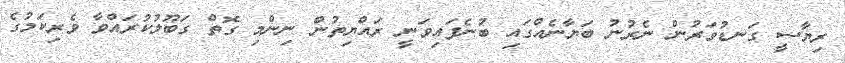
ރިޔާސީ ގަނޑުވަރުން ނެރުނު ބަޔާނެއްގައި ބުނެފައިވަނީ ރައްޔިތުން ނިންމި ގޮތް ގަބޫލުކުރައްވާ ވެރިކަމުގެ